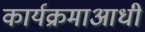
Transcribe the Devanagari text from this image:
कार्यक्रमाआधी